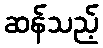
ဆန်သည့်